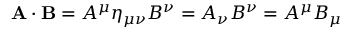
\mathbf { A } \cdot \mathbf { B } = A ^ { \mu } \eta _ { \mu \nu } B ^ { \nu } = A _ { \nu } B ^ { \nu } = A ^ { \mu } B _ { \mu }